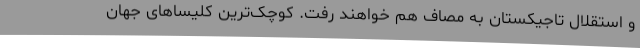
و استقلال تاجیکستان به مصاف هم خواهند رفت. کوچک‌ترین کلیسا‌های جهان